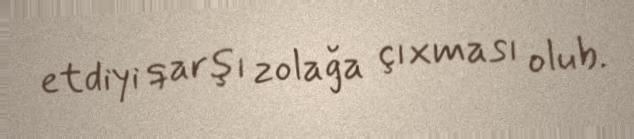
etdiyi qarşı zolağa çıxması olub.